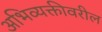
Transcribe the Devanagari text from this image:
अभिव्यक्तीवरील